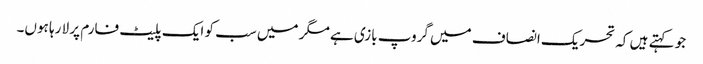
جو کہتے ہیں کہ تحریک انصاف میں گروپ بازی ہے مگر میں سب کو ایک پلیٹ فارم پر لا رہا ہوں۔